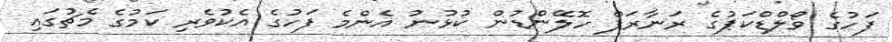
ފަހުގެ ވޯލްޑްކަޕުގެ ރަނާރަޕް ހޮލޭންޑުން ކުޅުނު އެންމެ ފަހުގެ އެކުވެރި ކަމުގެ މެޗުގައި